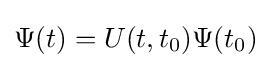
\Psi (t)=U(t,t_{0})\Psi (t_{0})